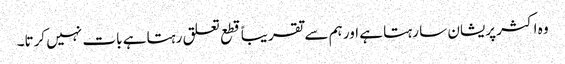
وہ اکثر پریشان سا رہتا ہے اور ہم سے تقریباً قطع تعلق رہتا ہے بات نہیں کرتا۔